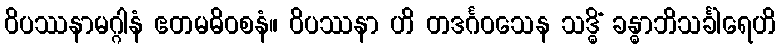
ဝိပဿနာမဂ္ဂါနံ ဧတမဓိဝစနံ။ ဝိပဿနာ ဟိ တဒင်္ဂဝသေန သဒ္ဓိံ ခန္ဓာဘိသင်္ခါရေဟိ